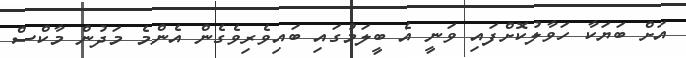
އަށް ބަޔަކާ ހަވާލުކޮށްފައި ވަނީ އެ ބީލަމުގައި ބައިވެރިވެގެން އެންމެ މަދުން މާކްސް